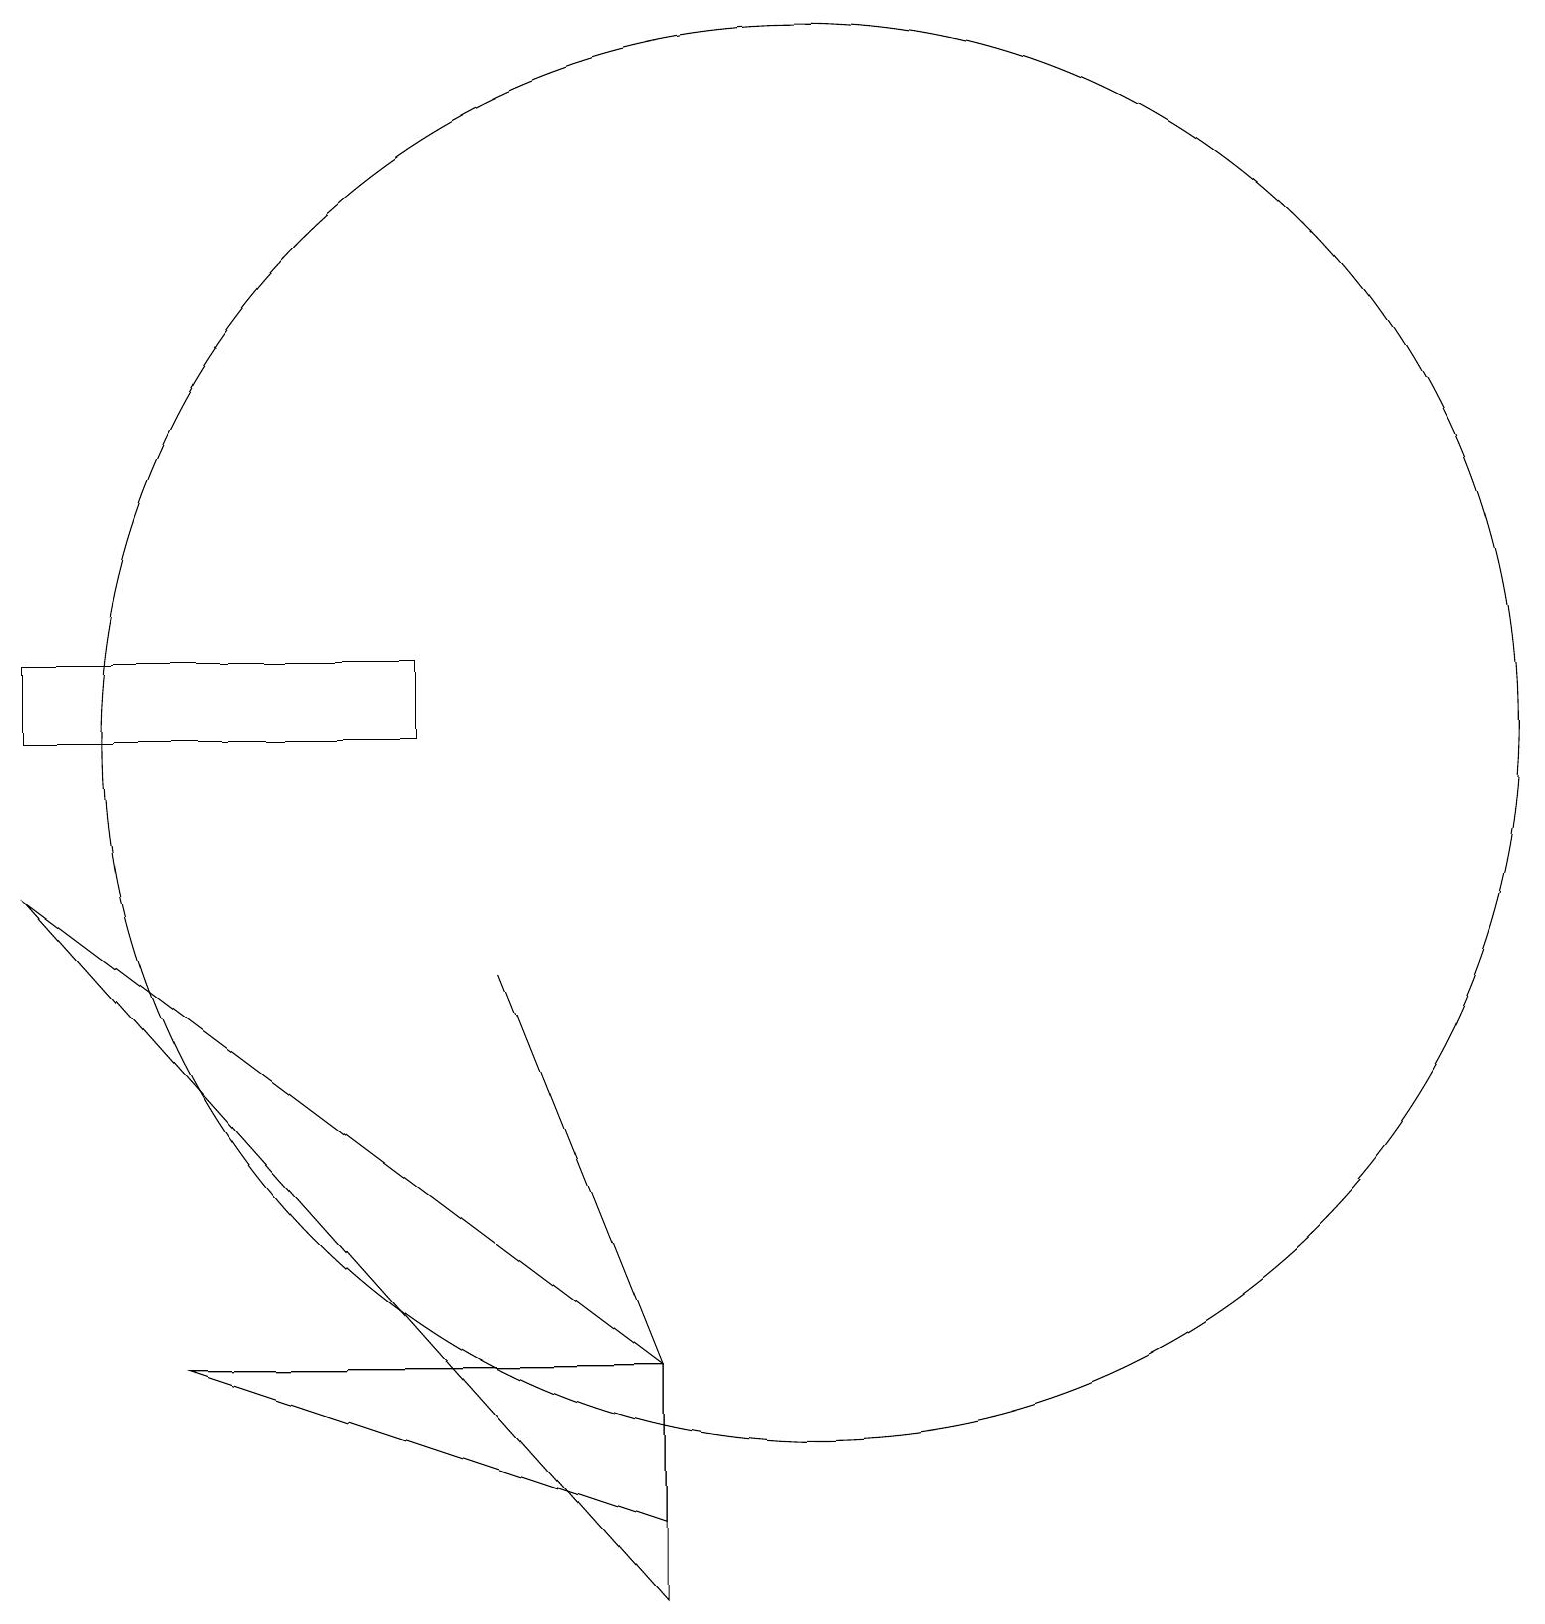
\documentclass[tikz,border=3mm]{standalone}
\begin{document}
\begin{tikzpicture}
\draw (8,0) -- (0,9) -- (8,3) -- cycle;
\draw (8,1) -- (8,3) -- (2,3) -- cycle;
\draw (0,11) rectangle (5,12);
\draw (8,3) -- (6,8) -- (6,8) -- cycle;
\draw (10,11) circle (9);
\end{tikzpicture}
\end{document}